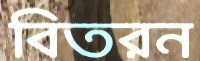
বিতরন